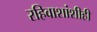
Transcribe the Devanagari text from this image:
रहिवाशांशीही